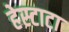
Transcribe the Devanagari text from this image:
हेस्टाटा